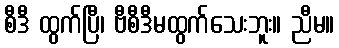
စီဒီ ထွက်ပြီ၊ ဗီစီဒီမထွက်သေးဘူး။ ညီမ။